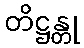
တိဋ္ဌန္တု